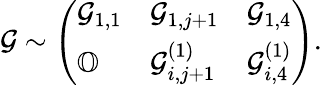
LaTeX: \mathcal{G}\sim\left(\begin{array}{lll}{\mathcal{G}_{1,1}}&{\mathcal{G}_{1,j+1}}&{\mathcal{G}_{1,4}}\\ {\mathbb{O}}&{\mathcal{G}_{i,j+1}^{(1)}}&{\mathcal{G}_{i,4}^{(1)}}\end{array}\right).